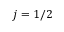
j = 1 / 2